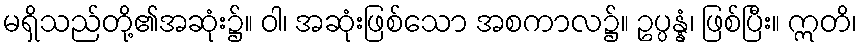
မရှိသည်တို့၏အဆုံး၌။ ဝါ၊ အဆုံးဖြစ်သော အစကာလ၌။ ဥပ္ပန္နံ၊ ဖြစ်ပြီး။ ဣတိ၊